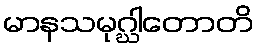
မာနသမုဂ္ဃါတောတိ